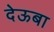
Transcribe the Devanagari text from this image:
देऊबा